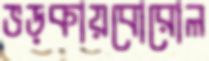
ভড়কায়বোরোল